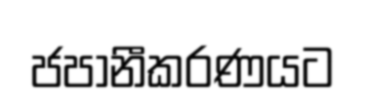
ජපානීකරණයට